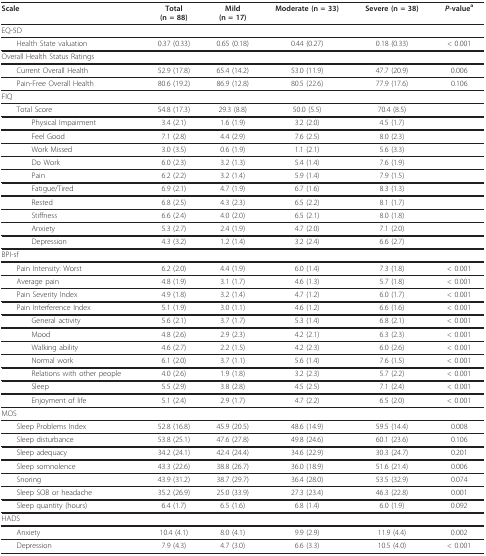
<table><thead><tr><td><b>Scale</b></td><td><b>Total(n = 88)</b></td><td><b>Mild(n = 17)</b></td><td><b>Moderate (n = 33)</b></td><td><b>Severe (n = 38)</b></td><td><b><i>P</i>-value<sup>a</sup></b></td></tr></thead><tbody><tr><td>EQ-5D</td><td></td><td></td><td></td><td></td><td></td></tr><tr><td> Health State valuation</td><td>0.37 (0.33)</td><td>0.65 (0.18)</td><td>0.44 (0.27)</td><td>0.18 (0.33)</td><td>&lt; 0.001</td></tr><tr><td>Overall Health Status Ratings</td><td></td><td></td><td></td><td></td><td></td></tr><tr><td> Current Overall Health</td><td>52.9 (17.8)</td><td>65.4 (14.2)</td><td>53.0 (11.9)</td><td>47.7 (20.9)</td><td>0.006</td></tr><tr><td> Pain-Free Overall Health</td><td>80.6 (19.2)</td><td>86.9 (12.8)</td><td>80.5 (22.6)</td><td>77.9 (17.6)</td><td>0.106</td></tr><tr><td>FIQ</td><td></td><td></td><td></td><td></td><td></td></tr><tr><td> Total Score</td><td>54.8 (17.3)</td><td>29.3 (8.8)</td><td>50.0 (5.5)</td><td>70.4 (8.5)</td><td></td></tr><tr><td>Physical Impairment</td><td>3.4 (2.1)</td><td>1.6 (1.9)</td><td>3.2 (2.0)</td><td>4.5 (1.7)</td><td></td></tr><tr><td>Feel Good</td><td>7.1 (2.8)</td><td>4.4 (2.9)</td><td>7.6 (2.5)</td><td>8.0 (2.3)</td><td></td></tr><tr><td>Work Missed</td><td>3.0 (3.5)</td><td>0.6 (1.9)</td><td>1.1 (2.1)</td><td>5.6 (3.3)</td><td></td></tr><tr><td>Do Work</td><td>6.0 (2.3)</td><td>3.2 (1.3)</td><td>5.4 (1.4)</td><td>7.6 (1.9)</td><td></td></tr><tr><td>Pain</td><td>6.2 (2.2)</td><td>3.2 (1.4)</td><td>5.9 (1.4)</td><td>7.9 (1.5)</td><td></td></tr><tr><td>Fatigue/Tired</td><td>6.9 (2.1)</td><td>4.7 (1.9)</td><td>6.7 (1.6)</td><td>8.3 (1.3)</td><td></td></tr><tr><td>Rested</td><td>6.8 (2.5)</td><td>4.3 (2.3)</td><td>6.5 (2.2)</td><td>8.1 (1.7)</td><td></td></tr><tr><td>Stiffness</td><td>6.6 (2.4)</td><td>4.0 (2.0)</td><td>6.5 (2.1)</td><td>8.0 (1.8)</td><td></td></tr><tr><td>Anxiety</td><td>5.3 (2.7)</td><td>2.4 (1.9)</td><td>4.7 (2.0)</td><td>7.1 (2.0)</td><td></td></tr><tr><td>Depression</td><td>4.3 (3.2)</td><td>1.2 (1.4)</td><td>3.2 (2.4)</td><td>6.6 (2.7)</td><td></td></tr><tr><td>BPI-sf</td><td></td><td></td><td></td><td></td><td></td></tr><tr><td> Pain Intensity: Worst</td><td>6.2 (2.0)</td><td>4.4 (1.9)</td><td>6.0 (1.4)</td><td>7.3 (1.8)</td><td>&lt; 0.001</td></tr><tr><td> Average pain</td><td>4.8 (1.9)</td><td>3.1 (1.7)</td><td>4.6 (1.3)</td><td>5.7 (1.8)</td><td>&lt; 0.001</td></tr><tr><td> Pain Severity Index</td><td>4.9 (1.8)</td><td>3.2 (1.4)</td><td>4.7 (1.2)</td><td>6.0 (1.7)</td><td>&lt; 0.001</td></tr><tr><td> Pain Interference Index</td><td>5.1 (1.9)</td><td>3.0 (1.1)</td><td>4.6 (1.2)</td><td>6.6 (1.6)</td><td>&lt; 0.001</td></tr><tr><td>General activity</td><td>5.6 (2.1)</td><td>3.7 (1.7)</td><td>5.3 (1.4)</td><td>6.8 (2.1)</td><td>&lt; 0.001</td></tr><tr><td>Mood</td><td>4.8 (2.6)</td><td>2.9 (2.3)</td><td>4.2 (2.1)</td><td>6.3 (2.3)</td><td>&lt; 0.001</td></tr><tr><td>Walking ability</td><td>4.6 (2.7)</td><td>2.2 (1.5)</td><td>4.2 (2.3)</td><td>6.0 (2.6)</td><td>&lt; 0.001</td></tr><tr><td>Normal work</td><td>6.1 (2.0)</td><td>3.7 (1.1)</td><td>5.6 (1.4)</td><td>7.6 (1.5)</td><td>&lt; 0.001</td></tr><tr><td>Relations with other people</td><td>4.0 (2.6)</td><td>1.9 (1.8)</td><td>3.2 (2.3)</td><td>5.7 (2.2)</td><td>&lt; 0.001</td></tr><tr><td>Sleep</td><td>5.5 (2.9)</td><td>3.8 (2.8)</td><td>4.5 (2.5)</td><td>7.1 (2.4)</td><td>&lt; 0.001</td></tr><tr><td>Enjoyment of life</td><td>5.1 (2.4)</td><td>2.9 (1.7)</td><td>4.7 (2.2)</td><td>6.5 (2.0)</td><td>&lt; 0.001</td></tr><tr><td>MOS</td><td></td><td></td><td></td><td></td><td></td></tr><tr><td> Sleep Problems Index</td><td>52.8 (16.8)</td><td>45.9 (20.5)</td><td>48.6 (14.9)</td><td>59.5 (14.4)</td><td>0.008</td></tr><tr><td> Sleep disturbance</td><td>53.8 (25.1)</td><td>47.6 (27.8)</td><td>49.8 (24.6)</td><td>60.1 (23.6)</td><td>0.106</td></tr><tr><td> Sleep adequacy</td><td>34.2 (24.1)</td><td>42.4 (24.4)</td><td>34.6 (22.9)</td><td>30.3 (24.7)</td><td>0.201</td></tr><tr><td> Sleep somnolence</td><td>43.3 (22.6)</td><td>38.8 (26.7)</td><td>36.0 (18.9)</td><td>51.6 (21.4)</td><td>0.006</td></tr><tr><td> Snoring</td><td>43.9 (31.2)</td><td>38.7 (29.7)</td><td>36.4 (28.0)</td><td>53.5 (32.9)</td><td>0.074</td></tr><tr><td> Sleep SOB or headache</td><td>35.2 (26.9)</td><td>25.0 (33.9)</td><td>27.3 (23.4)</td><td>46.3 (22.8)</td><td>0.001</td></tr><tr><td> Sleep quantity (hours)</td><td>6.4 (1.7)</td><td>6.5 (1.6)</td><td>6.8 (1.4)</td><td>6.0 (1.9)</td><td>0.092</td></tr><tr><td>HADS</td><td></td><td></td><td></td><td></td><td></td></tr><tr><td> Anxiety</td><td>10.4 (4.1)</td><td>8.0 (4.1)</td><td>9.9 (2.9)</td><td>11.9 (4.4)</td><td>0.002</td></tr><tr><td> Depression</td><td>7.9 (4.3)</td><td>4.7 (3.0)</td><td>6.6 (3.3)</td><td>10.5 (4.0)</td><td>&lt; 0.001</td></tr></tbody></table>